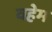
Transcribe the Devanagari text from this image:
वहेम